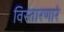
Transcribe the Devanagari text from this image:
विस्तारणारे